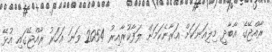
ރާއްޖޭގެ އާބާދީ މިލިއަނަކަށް އަރާނެކަމަށް ލަފާކުރާއިރު 2054 ވަނަ އަހަރު ރާއްޖޭގައި އުޅޭ